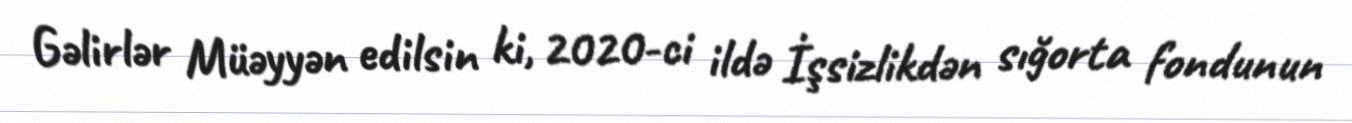
Gəlirlər Müəyyən edilsin ki, 2020-ci ildə İşsizlikdən sığorta fondunun